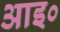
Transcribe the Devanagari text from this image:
आइ०